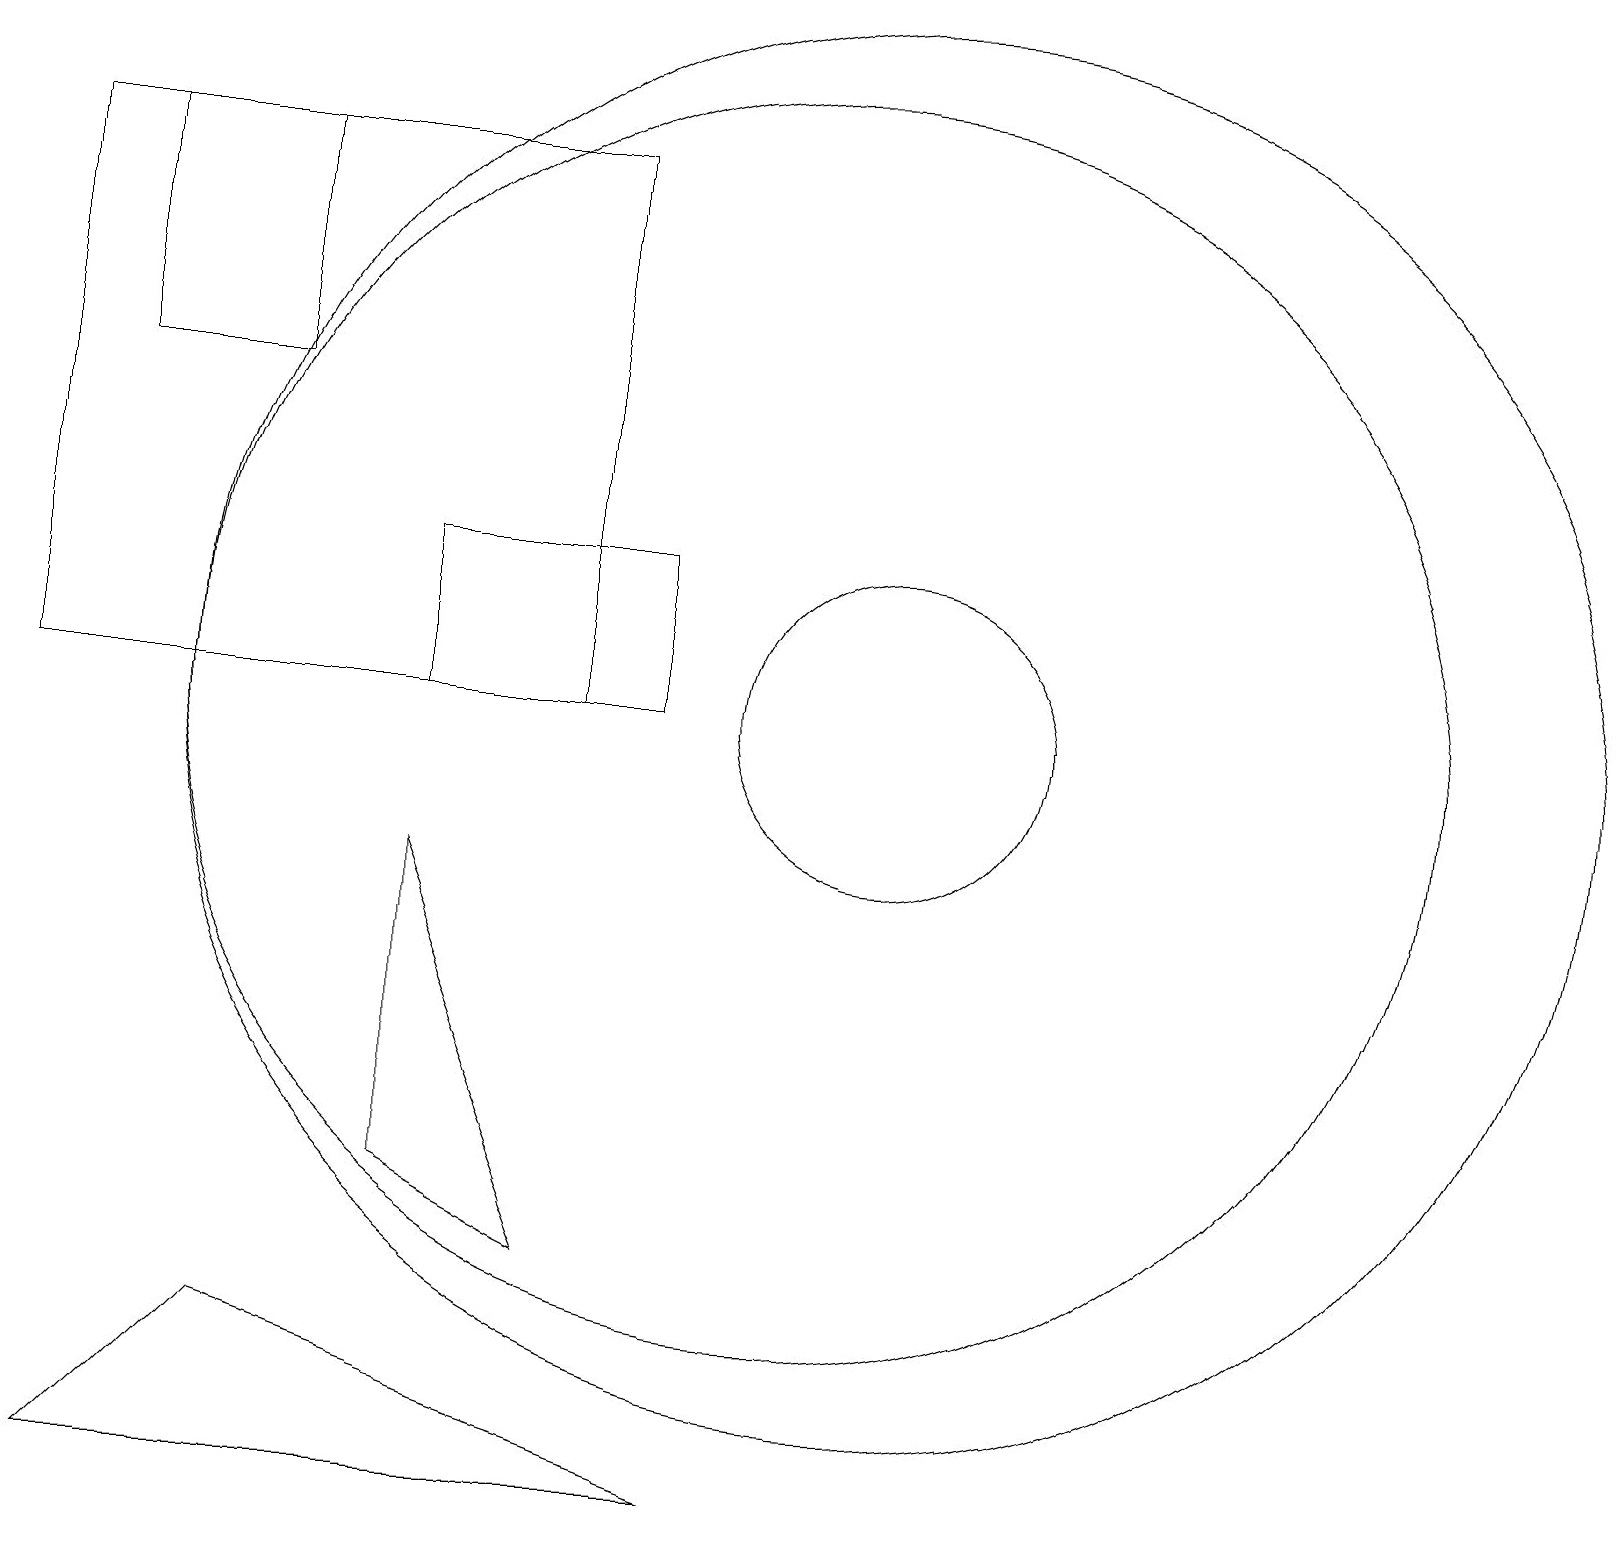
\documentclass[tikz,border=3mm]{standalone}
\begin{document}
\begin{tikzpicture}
\draw (10,11) circle (8);
\draw (0,18) rectangle (7,11);
\draw (7,4) -- (5,9) -- (5,5) -- cycle;
\draw (11,11) circle (9);
\draw (1,1) -- (3,3) -- (9,1) -- cycle;
\draw (3,18) rectangle (1,15);
\draw (5,11) rectangle (8,13);
\draw (11,11) circle (2);
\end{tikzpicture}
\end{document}